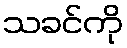
သခင်ကို